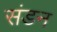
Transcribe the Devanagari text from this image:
संडन